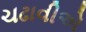
ચઢાવીએ